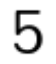
5